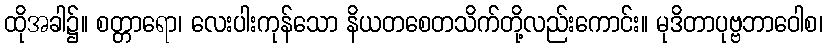
ထိုအခါ၌။ စတ္တာရော၊ လေးပါးကုန်သော နိယတစေတသိက်တို့လည်းကောင်း။ မုဒိတာပုဗ္ဗဘာဝေါစ၊